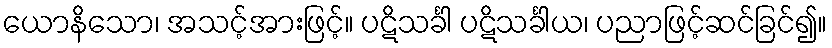
ယောနိသော၊ အသင့်အားဖြင့်။ ပဋိသင်္ခါ ပဋိသင်္ခါယ၊ ပညာဖြင့်ဆင်ခြင်၍။